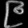
Digit: ၉